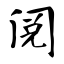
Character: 阅